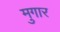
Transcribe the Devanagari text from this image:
मुगार